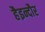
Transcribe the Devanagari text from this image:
हैइन्दौर